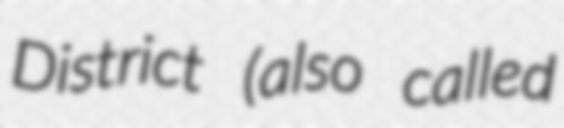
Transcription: District (also called